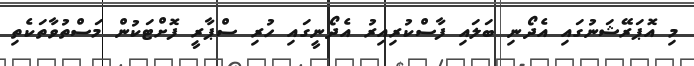
މި އޮޕަރޭޝަނުގައި އެދޯނި ބަލައި ފާސްކުރިއިރު އެދޯނީގައި ހުރި ސްޕާރީ ފޮށްޓަކުން މަސްތުވާތަކެތި